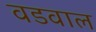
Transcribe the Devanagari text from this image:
वडवाल